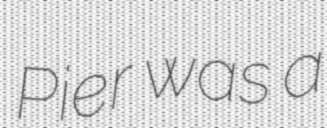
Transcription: Pier was a